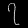
Digit: ၇